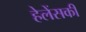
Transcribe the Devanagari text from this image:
हेलेंसकी